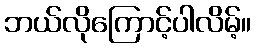
ဘယ်လိုကြောင့်ပါလိမ့်။